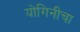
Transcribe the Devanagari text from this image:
योगिनीचा